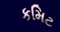
કમિટ